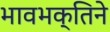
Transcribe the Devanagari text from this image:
भावभक्तिने